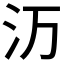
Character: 𬇕